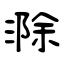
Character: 滁